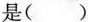
是()